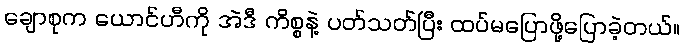
ချောစုက ယောင်ဟီကို အဲဒီ ကိစ္စနဲ့ ပတ်သတ်ပြီး ထပ်မပြောဖို့ပြောခဲ့တယ်။